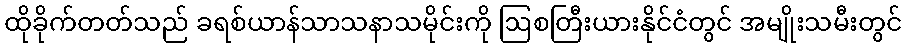
ထိုခိုက်တတ်သည် ခရစ်ယာန်သာသနာသမိုင်းကို ဩစတြီးယားနိုင်ငံတွင် အမျိုးသမီးတွင်